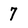
Character: 7